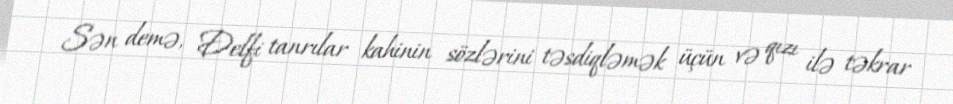
Sən demə, Delfi tanrılar kahinin sözlərini təsdiqləmək üçün və qızı ilə təkrar